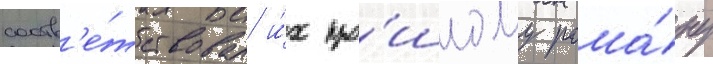
соотв'е́тствовал и́х про́шлому рома́ну